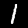
Label: 1